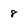
Character: 8